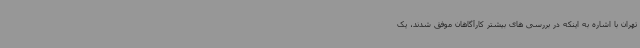
تهران با اشاره به اینکه در بررسی های بیشتر کارآگاهان موفق شدند، یک